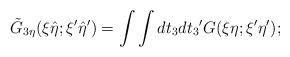
LaTeX: \begin{align*}{\tilde G}_{3\eta}(\xi {\hat \eta};{\xi}' {\hat \eta}') = \int \int dt_3 d{t_3}' G(\xi \eta ; {\xi}' {\eta}');\end{align*}